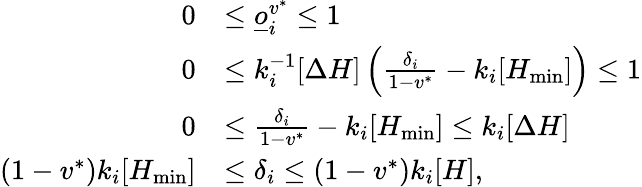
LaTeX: \begin{array}{rl}{0}&{\leq\underline{o}_{i}^{v^{*}}\leq 1}\\ {0}&{\leq k_{i}^{-1}[\Delta H]\left(\frac{\delta_{i}}{1-v^{*}}-k_{i}[H_{\operatorname*{min}}]\right)\leq 1}\\ {0}&{\leq\frac{\delta_{i}}{1-v^{*}}-k_{i}[H_{\operatorname*{min}}]\leq k_{i}[\Delta H]}\\ {(1-v^{*})k_{i}[H_{\operatorname*{min}}]}&{\leq\delta_{i}\leq(1-v^{*})k_{i}[H],}\end{array}